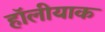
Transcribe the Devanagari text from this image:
हॉलीयाक